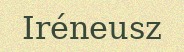
Iréneusz